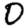
Digit: 0